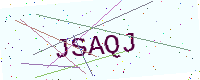
Text: JSAQJ